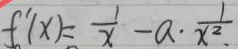
f ^ { \prime } ( x ) = \frac { 1 } { x } - a \cdot \frac { 1 } { x ^ { 2 } . }